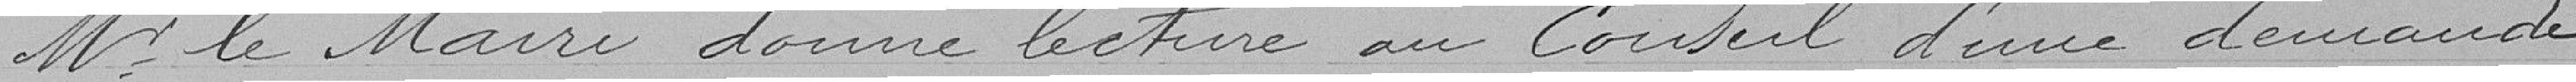
M. le Maire donne lecture au Conseil d'une demande